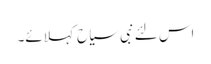
اس لئے نبی سیاح کہلائے۔